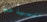
السباحه